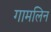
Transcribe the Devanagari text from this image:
गामलिन